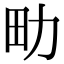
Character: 㽖